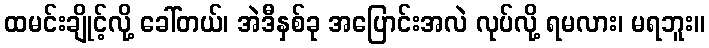
ထမင်းချိုင့်လို့ ခေါ်တယ်၊ အဲဒီနှစ်ခု အပြောင်းအလဲ လုပ်လို့ ရမလား၊ မရဘူး။